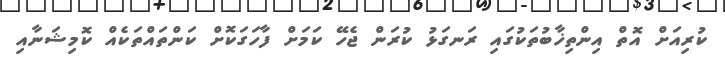
ކުރިއަށް އޮތް އިންތިޚާބުތަކުގައި ރަނގަޅު ކުރަން ޖެހޭ ކަމަށް ފާހަގަކޮށް ކަންތައްތަކެއް ކޮމިޝަނާއި